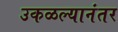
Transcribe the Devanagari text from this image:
उकळल्यानंतर